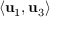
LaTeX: \langle \mathbf { u } _ { 1 } , \mathbf { u } _ { 3 } \rangle